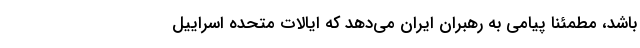
باشد، مطمئنا پیامی به رهبران ایران می‌دهد که ایالات متحده اسراییل